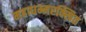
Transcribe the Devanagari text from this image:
महाधम्मरक्खित